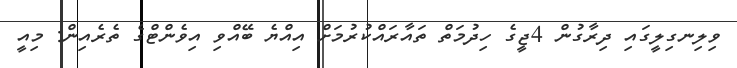
ވިލިނގިލީގައި ދިރާގުން 4ޖީގެ ހިދުމަތް ތައާރައްކުރުމަށް އިއްޔެ ބޭއްވި އިވެންޓްގެ ތެރެއިން: މިއީ